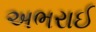
અભરાઈ